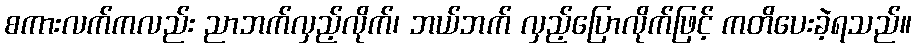
စကားလက်ကလည်း ညာဘက်လှည့်လိုက်၊ ဘယ်ဘက် လှည့်ပြောလိုက်ဖြင့် ကတိပေးခဲ့ရသည်။